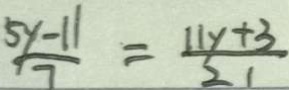
\frac { 5 y - 1 1 } { 7 } = \frac { 1 1 y + 3 } { 2 1 }